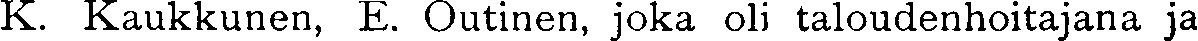
K. Kaukkunen, E. Outinen, joka oli taloudenhoitajana ja